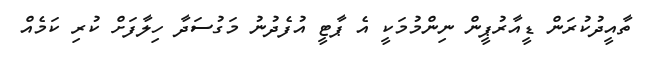
ތާއީދުކުރަން ޑީއާރުޕީން ނިންމުމަކީ އެ ޕާޓީ އުފެދުނު މަގުސަދާ ހިލާފަށް ކުރި ކަމެއް